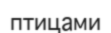
птицами